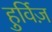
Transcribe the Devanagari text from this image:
हुर्विज़